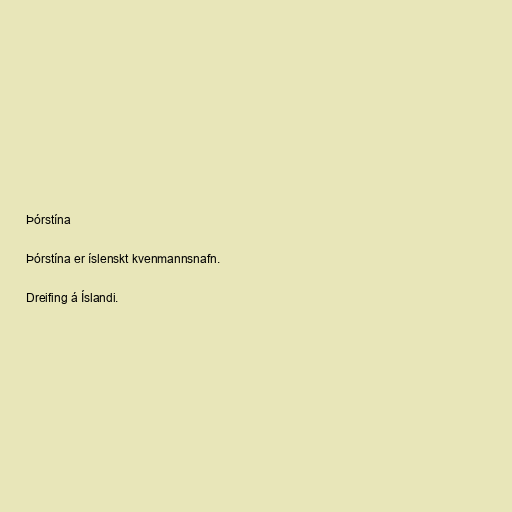
Þórstína

Þórstína er íslenskt kvenmannsnafn.

Dreifing á Íslandi.